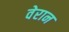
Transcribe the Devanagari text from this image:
वेरान